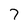
Character: 7